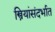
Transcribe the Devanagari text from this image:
स्त्रियांसंदर्भात